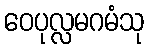
ဝေပုလ္လမဂမံသု